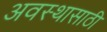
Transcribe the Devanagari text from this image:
अवस्थासाठी